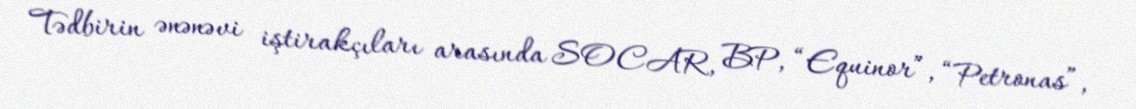
Tədbirin ənənəvi iştirakçıları arasında SOCAR, BP, “Equinor”, “Petronas”,